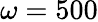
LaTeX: \omega=500